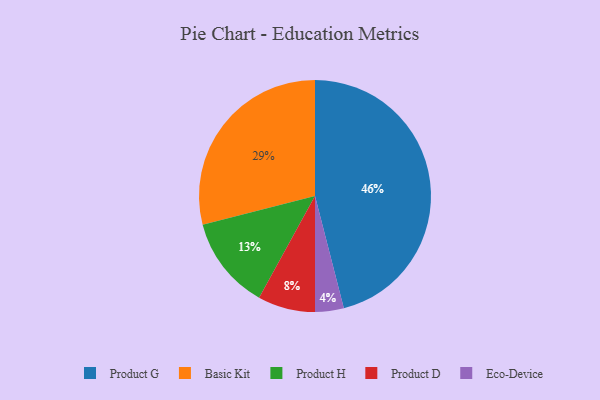
{"axis": {"x": "Category", "y": "Percentage"}, "legend": ["Basic Kit", "Eco-Device", "Product D", "Product G", "Product H"], "data": [{"x": "Basic Kit", "y": 29, "type": "Basic Kit"}, {"x": "Eco-Device", "y": 4, "type": "Eco-Device"}, {"x": "Product D", "y": 8, "type": "Product D"}, {"x": "Product H", "y": 13, "type": "Product H"}, {"x": "Product G", "y": 46, "type": "Product G"}]}